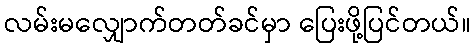
လမ်းမလျှောက်တတ်ခင်မှာ ပြေးဖို့ပြင်တယ်။